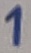
Text: 1